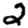
Digit: 2